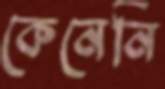
কেনেনি